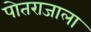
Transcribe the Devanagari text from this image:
पोतराजाला